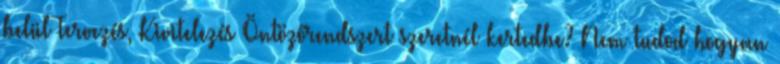
belül Tervezés, Kivitelezés Öntözőrendszert szeretnél kertedbe? Nem tudod hogyan